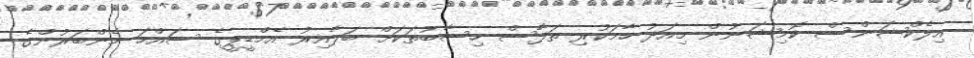
އިލެކްޝަންސް ކޮމިޝަނުން މިއަދު ހާމަކުރި ތަފާސް ހިސާބުތަކަށް ބަލާއިރު އެމްޑީޕީގެ ސައްހަ މެންބަރުންގެ